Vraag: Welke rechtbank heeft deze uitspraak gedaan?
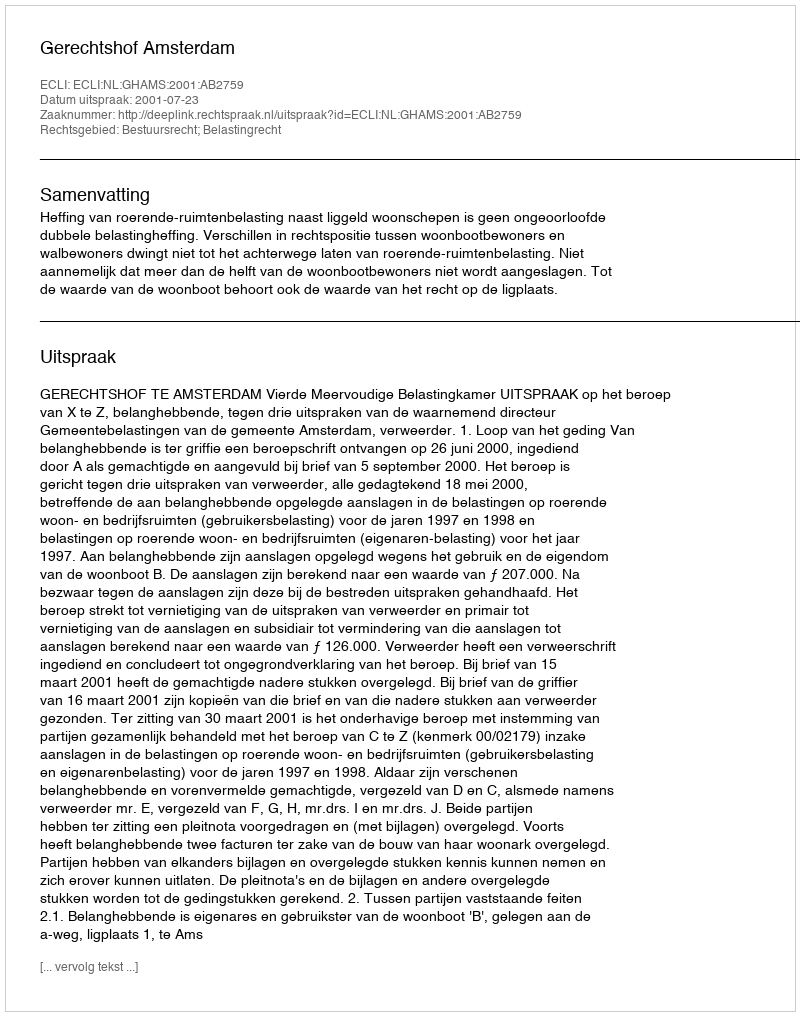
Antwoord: Gerechtshof Amsterdam